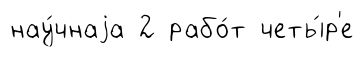
нау́чнаjа 2 рабо́т четы́р'е